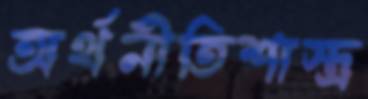
অর্থনীতিশাস্ত্র